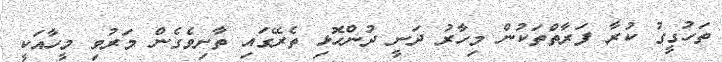
ތަހުގީގު ކުރާ ފަރާތްތަކުން މިހާރު ދަނީ ދުންހޮޅި ތެރޭގައި ތާށިވެގެން މަރުވި މީހާއަކީ